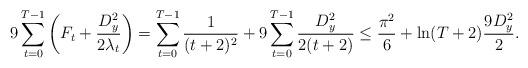
LaTeX: \begin{align*}9\sum^{T-1}_{t=0} \left(F_t+\frac{D_y^2}{2\lambda_t}\right)&=\sum^{T-1}_{t=0}\frac{1}{(t+2)^2}+9\sum^{T-1}_{t=0}\frac{D_y^2}{2(t+2)}\leq\frac{\pi^2}{6}+\ln(T+2)\frac{9D_y^2}{2}.\end{align*}